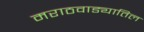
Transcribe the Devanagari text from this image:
मराठवाड्यातिल